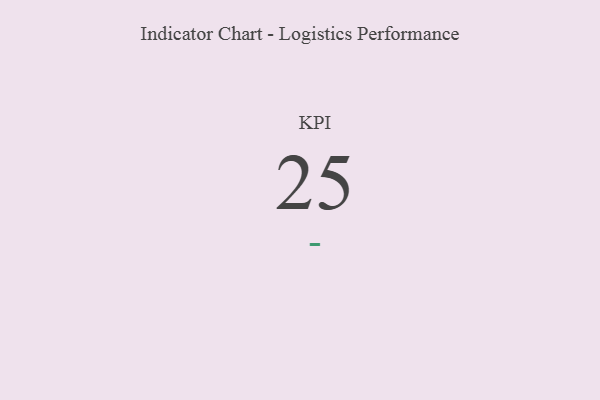
{"axis": {"x": "KPI", "y": "Value"}, "legend": [""], "data": [{"x": "KPI", "y": 25, "type": ""}]}